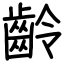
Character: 齡